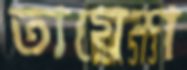
তায়েশ